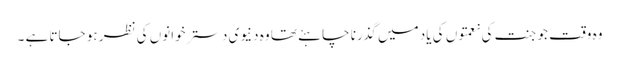
وہ وقت جو جنت کی نعمتوں کی یاد میں گذرنا چاہئے تھا وہ دنیوی دسترخوانوں کی نظر ہو جاتا ہے ۔